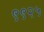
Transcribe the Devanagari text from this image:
९९२५